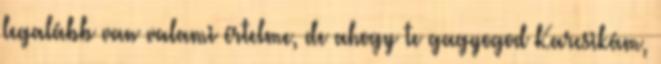
legalább van valami értelme, de ahogy te gagyogod Karcsikám,